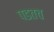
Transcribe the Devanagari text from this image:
पडतच